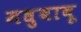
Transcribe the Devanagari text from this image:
मधुबाबू